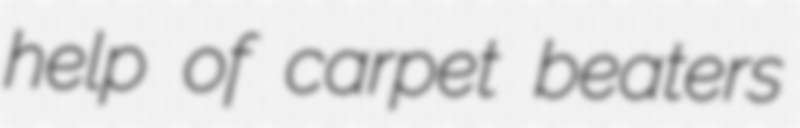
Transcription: help of carpet beaters